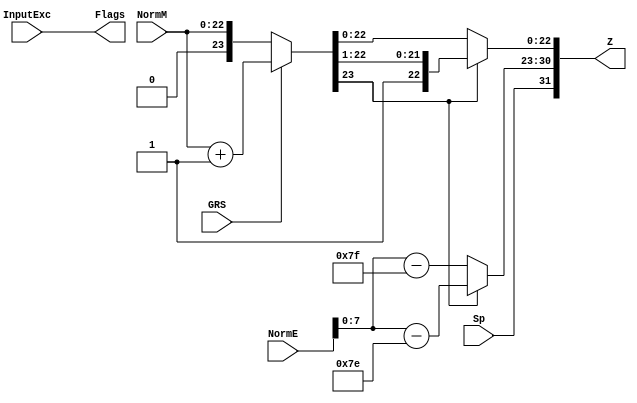
`timescale 1ns / 1ps

module FPMult_c(
		NormM,
		NormE,
		Sp,
		GRS,
		InputExc,
		Z,
		Flags
    );

	// Input Ports
	input [22:0] NormM ;									// Normalized mantissa
	input [8:0] NormE ;									// Normalized exponent
	input Sp ;										// Product sign
	input GRS ;
	input [4:0] InputExc ;

	// Output Ports
	output [31:0] Z ;										// Final product
	output [4:0] Flags ;

	// Output Ports
	wire [8:0] RoundE ;
	wire [8:0] RoundEP ;
	wire [23:0] RoundM ;
	wire [23:0] RoundMP ; 
	
  `ifndef SYNTHESIS_
	assign RoundE = NormE - 127 ;
  `else
  DW01_sub #(9) u_sub1(.A(NormE), .B(9'd127), .CI(1'b0), .DIFF(RoundE), .CO());
  `endif
  `ifndef SYNTHESIS_
	assign RoundEP = NormE - 126 ;
  `else
  DW01_sub #(9) u_sub2(.A(NormE), .B(9'd126), .CI(1'b0), .DIFF(RoundEP), .CO());
  `endif
	assign RoundM = NormM ;
	assign RoundMP = NormM + 1 ;
	
	// Internal Signals
	wire [8:0] FinalE ;									// Rounded exponent
	wire [23:0] FinalM;
	wire [23:0] PreShiftM;
	
	assign PreShiftM = GRS ? RoundMP : RoundM ;	// Round up if R and (G or S)
	
	// Post rounding normalization (potential one bit shift> use shifted mantissa if there is overflow)
	assign FinalM = (PreShiftM[23] ? {1'b0, PreShiftM[23:1]} : PreShiftM[23:0]) ;
	
	assign FinalE = (PreShiftM[23] ? RoundEP : RoundE) ; // Increment exponent if a shift was done
	
	assign Z = {Sp, FinalE[7:0], FinalM[22:0]} ;   // Putting the pieces together
	assign Flags = InputExc[4:0];

endmodule